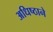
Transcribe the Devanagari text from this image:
अधिष्ठाने